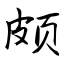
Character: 颇